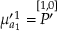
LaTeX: \mu _ { a _ { 1 } } ^ { \prime 1 } = \stackrel { [ 1 , 0 ] } { { \cal P } ^ { \prime } }